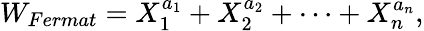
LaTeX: W_{Fermat}=X_{1}^{a_{1}}+X_{2}^{a_{2}}+\cdots+X_{n}^{a_{n}},